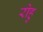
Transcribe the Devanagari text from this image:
रोहु